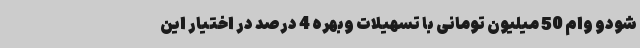
شودو وام‌ 50 میلیون تومانی با تسهیلات وبهره 4 درصد در اختیار این